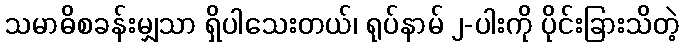
သမာဓိစခန်းမျှသာ ရှိပါသေးတယ်၊ ရုပ်နာမ် ၂-ပါးကို ပိုင်းခြားသိတဲ့